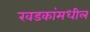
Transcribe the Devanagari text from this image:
खडकांमधील